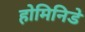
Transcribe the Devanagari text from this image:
होमिनिडे